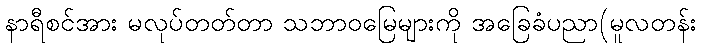
နာရီစင်အား မလုပ်တတ်တာ သဘာဝမြေများကို အခြေခံပညာ(မူလတန်း